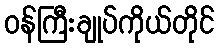
ဝန်ကြီးချုပ်ကိုယ်တိုင်